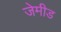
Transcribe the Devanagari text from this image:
जेमीड